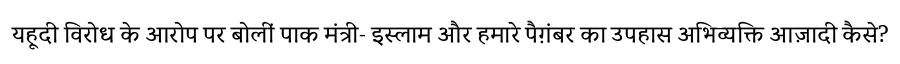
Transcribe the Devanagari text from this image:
यहूदी विरोध के आरोप पर बोलीं पाक मंत्री- इस्लाम और हमारे पैग़ंबर का उपहास अभिव्यक्ति आज़ादी कैसे?